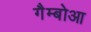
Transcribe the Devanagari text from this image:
गैम्बोआ